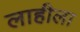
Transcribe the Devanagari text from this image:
लाहीला